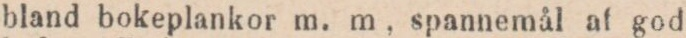
bland bokeplankor m. m, spannemål af god